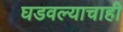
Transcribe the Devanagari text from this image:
घडवल्याचाही